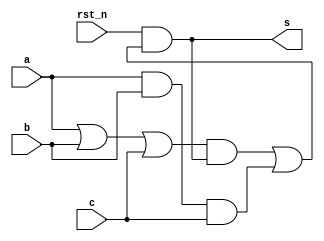
`timescale 1ns/1ns
module muller_3input #(parameter DELAY =0) (input rst_n,a,b,c,
									output s);

wire w1,w2,w3,w4,w5;

or A1(w1,a,b,c);
and A2(w2,w1,s);
and A3(w3,a,b,c);
or A4(w5,w2,w3);
and #(DELAY) A5(s, rst_n,w5);

endmodule